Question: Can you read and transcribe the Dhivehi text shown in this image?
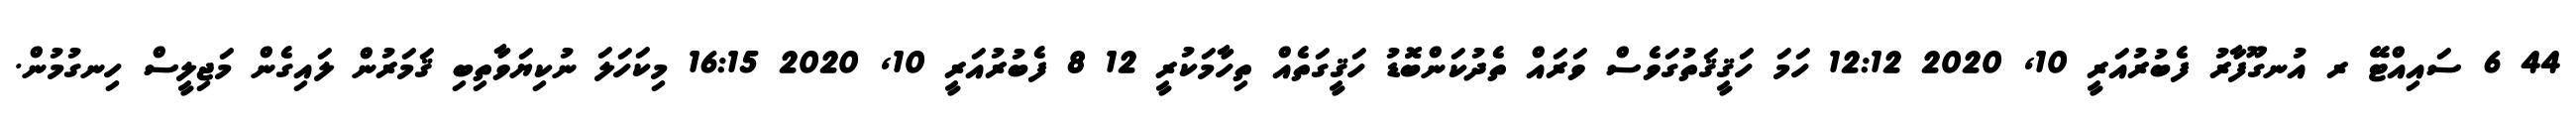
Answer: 44 6 ސައިއްޓޭ ރ އުނގޫފާރު ފެބުރުއަރީ 10, 2020 12:12 ހަމަ ހަޤީޤަތުގަވެސް ވަރައް ތެދުކަންބޮޑު ހަޤީގަތެއް ތިހާމަކުރީ 12 8 ފެބުރުއަރީ 10, 2020 16:15 މިކަހަލަ ނުކިޔަވާތިބި ޤަމަރުން ލައިގެން މަޖިލީސް ހިނގުމުން.